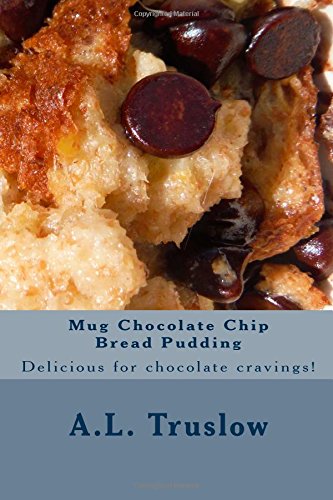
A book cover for Mug Chocolate Chip Bread Pudding (Easy Reader Recipes) (Volume 85); A.L. Truslow; Children's Books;